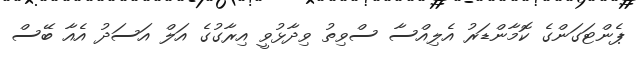
ޕެންޓަގަންގެ ކޮމާންޑަރު އެލިއްސާ ސްވިތު ވިދާޅުވީ އިރާގުގެ އަލް އަސަދު އެއާ ބޭސް